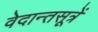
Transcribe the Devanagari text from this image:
वेदान्तसूत्रें